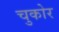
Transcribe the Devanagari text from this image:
चुकोर